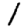
Digit: 1